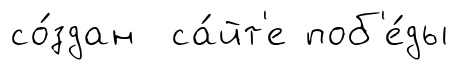
со́здан са́йт'е поб'е́ды